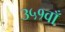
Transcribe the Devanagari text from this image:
३५१वाँ